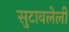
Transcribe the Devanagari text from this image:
सुटावलेली